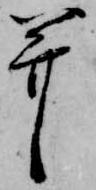
并